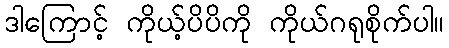
ဒါကြောင့် ကိုယ့်ပိပိကို ကိုယ်ဂရုစိုက်ပါ။